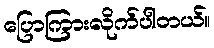
ပြောကြားလိုက်ပါတယ်။